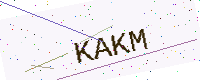
Text: KAKM